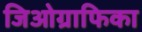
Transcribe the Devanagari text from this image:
जिओग्राफिका